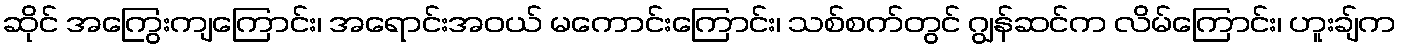
ဆိုင် အကြွေးကျကြောင်း၊ အရောင်းအဝယ် မကောင်းကြောင်း၊ သစ်စက်တွင် ဂျွန်ဆင်က လိမ်ကြောင်း၊ ဟူးချ်က